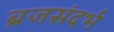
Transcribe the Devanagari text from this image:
ब्रजसंदर्भ